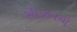
સીઝનનો